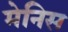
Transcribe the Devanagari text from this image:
मेनिस